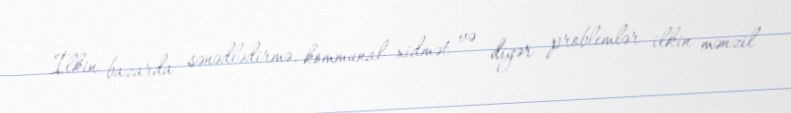
İlkin bazarda sənədlədirmə, kommunal xidmət və digər problemlər ilkin mənzil